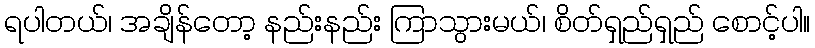
ရပါတယ်၊ အချိန်တော့ နည်းနည်း ကြာသွားမယ်၊ စိတ်ရှည်ရှည် စောင့်ပါ။